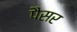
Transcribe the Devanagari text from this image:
पैसर